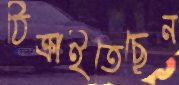
ঠিক্‌রাইতেছেন